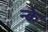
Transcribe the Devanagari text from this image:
न्के